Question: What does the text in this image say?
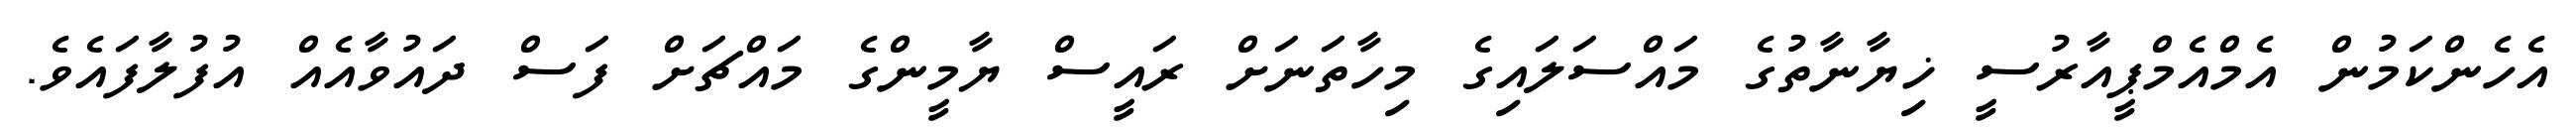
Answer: އެހެންކަމުން އެމްއެމްޕީއާރުސީ ޚިޔާނާތުގެ މައްސަލައިގެ މިހާތަނަށް ރައީސް ޔާމީންގެ މައްޗަށް ފަސް ދައުވާއެއް އުފުލާފައެވެ.